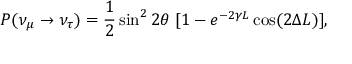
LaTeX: P ( \nu _ { \mu } \to \nu _ { \tau } ) = \frac { 1 } { 2 } \sin ^ { 2 } 2 \theta \; [ 1 - e ^ { - 2 \gamma L } \cos ( 2 \Delta L ) ] ,